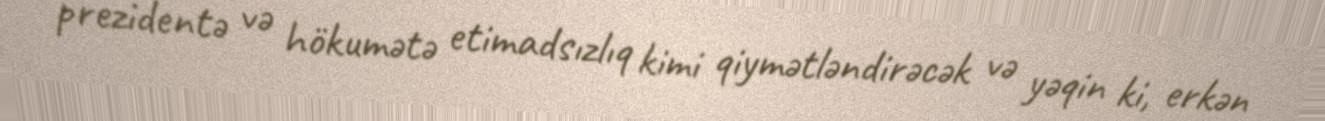
prezidentə və hökumətə etimadsızlıq kimi qiymətləndirəcək və yəqin ki, erkən